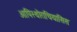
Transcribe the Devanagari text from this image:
आपिस्थोराचियासिस